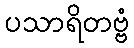
ပသာရိတဗ္ဗံ